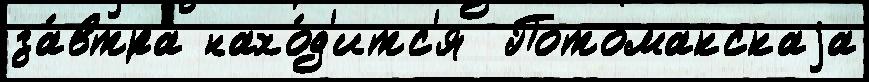
за́втра нахо́д'итс'я  Потомакскаjа